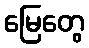
မြေတွေ